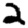
Digit: 2